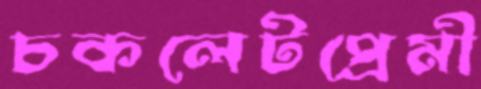
চকলেটপ্রেমী